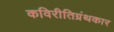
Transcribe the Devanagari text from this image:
कविरीतिग्रंथकार